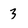
Character: 3